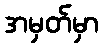
အမှတ်မှာ